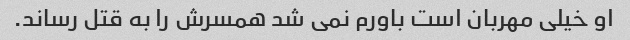
او خیلی مهربان است باورم نمی شد همسرش را به قتل رساند.